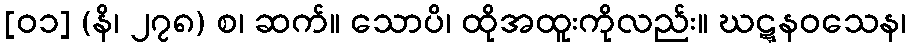
[၀၁] (နိ၊ ၂၇၈) စ၊ ဆက်။ သောပိ၊ ထိုအထူးကိုလည်း။ ဃဋ္ဋနဝသေန၊